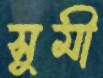
সুমী